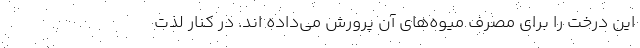
این درخت را برای مصرف میوه‌های آن پرورش می‌داده اند. در کنار لذت